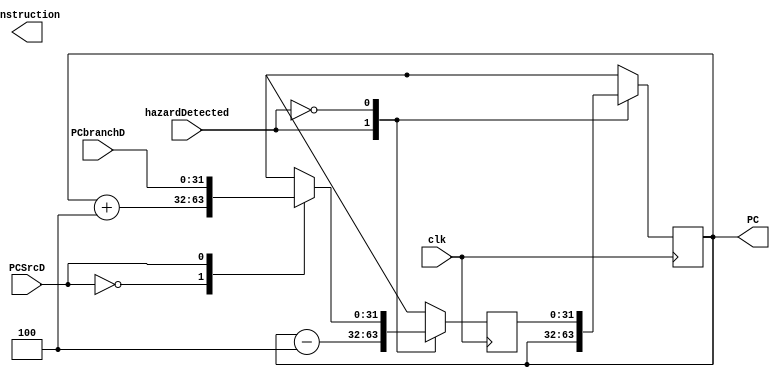
module instructionFetch(clk,
                        PC,
                        instruction,
                        PCbranchD,
                        PCSrcD,
                        hazardDetected);
    input clk;
    
    output [31:0] PC;
    output [31:0] instruction;
    reg [31:0] PCReg = 32'd0,newPCreg = 32'd0;
    input hazardDetected,PCSrcD;
    input [31:0] PCbranchD;
    
    assign PC = newPCreg;
    
    // always @(*) begin
    //     $display("%0d",hazardDetected);
        
    // end
    always @(posedge clk) begin
        
        case (hazardDetected)
            1'b1:begin
                PCReg = PC-32'b00000000000000000000000000000100;
            end
            1'b0:begin
                case(PCSrcD)     //if branchPresent == 1, then newPC = PC + branchOffset
                    1'b0: PCReg <= PC+32'b00000000000000000000000000000100;
                    1'b1: PCReg <= PCbranchD;
                endcase
                #48 newPCreg = PCReg;
            end
        endcase
        
    end
    
    
endmodule